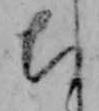
ち